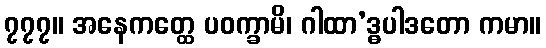
၇၇၇။ အနေကတ္ထေ ပဝက္ခာမိ၊ ဂါထာ’ဒ္ဓပါဒတော ကမာ။